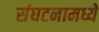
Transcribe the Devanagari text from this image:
संघटनामध्ये